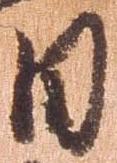
日